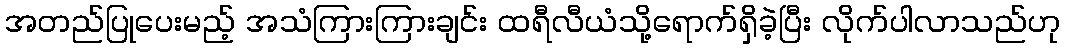
အတည်ပြုပေးမည့် အသံကြားကြားချင်း ထရီလီယံသို့ရောက်ရှိခဲ့ပြီး လိုက်ပါလာသည်ဟု